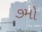
૭મો